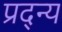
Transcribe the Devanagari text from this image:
प्रद्न्य